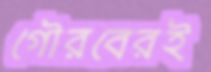
গৌরবেরই